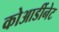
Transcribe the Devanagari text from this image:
कोआर्डीनेट